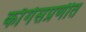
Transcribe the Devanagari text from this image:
काँगेसप्रणीत